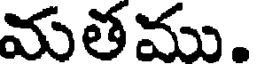
మతము.